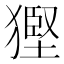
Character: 𤠿